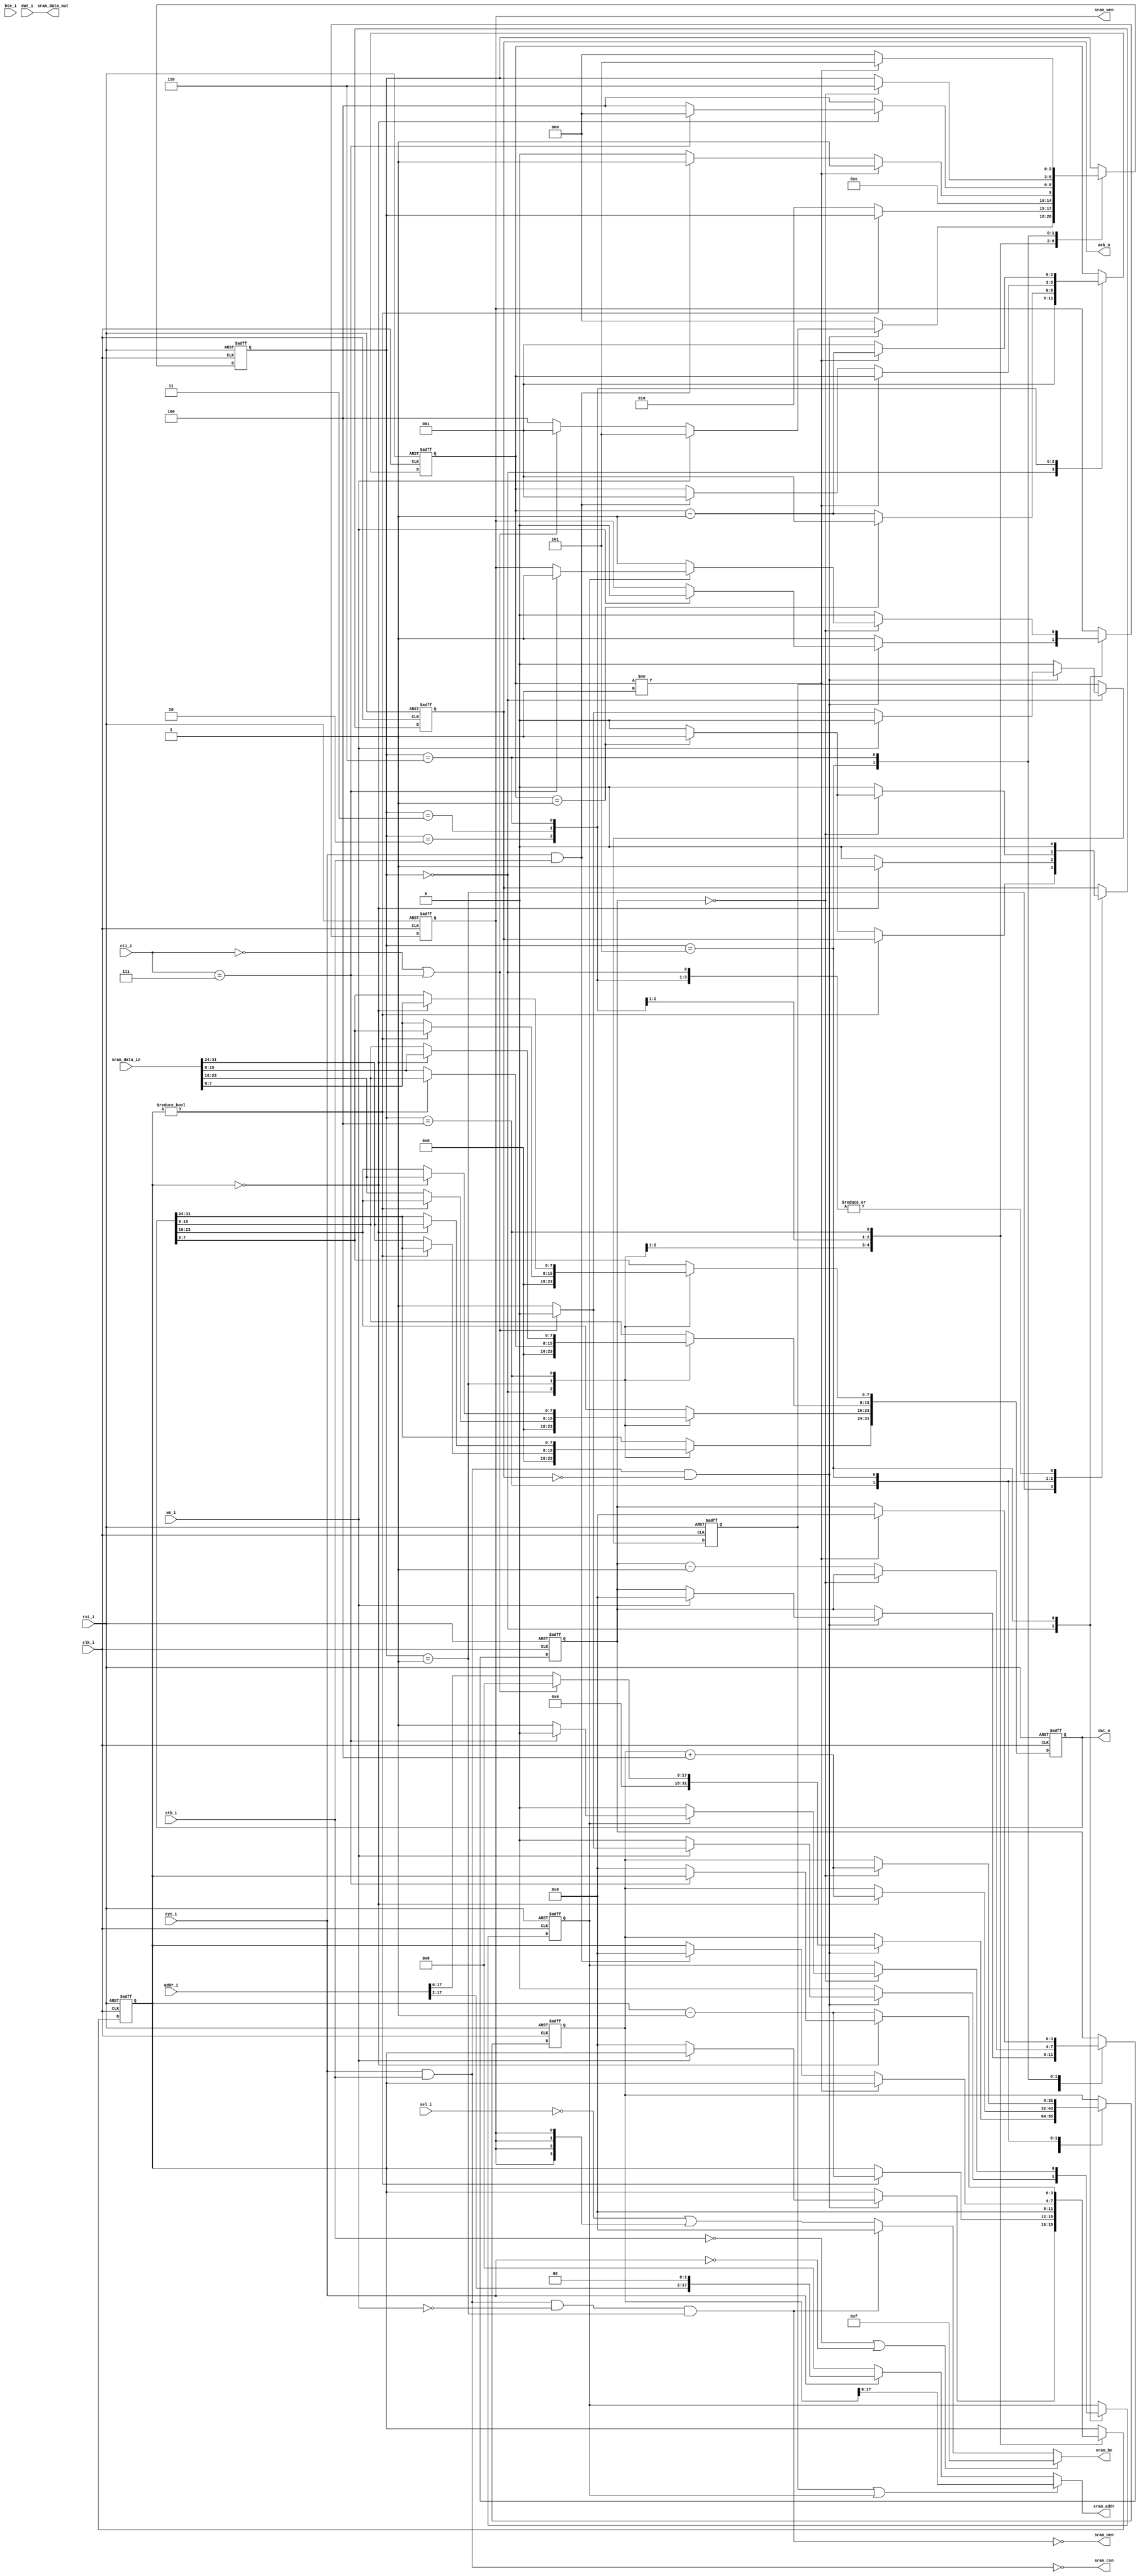
/* verilator lint_off UNUSED */
/* verilator lint_off CASEX */
/* verilator lint_off PINNOCONNECT */
/* verilator lint_off PINMISSING */
/* verilator lint_off IMPLICIT */
/* verilator lint_off WIDTH */
/* verilator lint_off CASEINCOMPLETE */



module asram_core #(parameter SRAM_DATA_WIDTH = 32,
                    parameter SRAM_ADDR_WIDTH = 18,
                    parameter READ_LATENCY = 1,
                    parameter WRITE_LATENCY = 1
                    )
  (// Clock and reset
   clk_i,
   rst_i,
   // Wishbone side interface
   cti_i,
   bte_i,
   addr_i,
   dat_i,
   sel_i,
   we_i,
   stb_i,
   cyc_i,
   ack_o,
   dat_o,
   // SRAM side interface
   sram_addr,
   sram_data_in,
   sram_data_out,
   sram_csn,
   sram_be,
   sram_wen,
   sram_oen);

   parameter                  SRAM_CYCLE     = 32/SRAM_DATA_WIDTH;
   parameter                  SRAM_BE_WIDTH  = SRAM_DATA_WIDTH/8;

   //////////////////////////////////////////////////////////////////////////////
                              //clock and reset inputs
   input                      clk_i;
   input                      rst_i;
   //Wishbone side interface
   input [2:0]                cti_i;
   input [1:0]                bte_i;
   input [31:0]               addr_i;
   input [31:0]               dat_i;
   input [3:0]                sel_i;
   input                      we_i;
   input                      stb_i;
   input                      cyc_i;
   output                     ack_o;
   output [31:0]              dat_o;
   //SRAM side interface
   output [SRAM_ADDR_WIDTH-1:0] sram_addr;
   output                       sram_csn;
   output [SRAM_BE_WIDTH-1:0]   sram_be;
   output                       sram_wen;
   output                       sram_oen;
   input [SRAM_DATA_WIDTH-1:0]  sram_data_in;
   output [SRAM_DATA_WIDTH-1:0] sram_data_out;

   ///////////////////////////////////////////////////////////////////////////
   // Internal registers and wires
              reg [31:0] dat_o;
   reg [2:0]             main_sm; 
   reg                   ack_o;
   reg                   sram_wen;
   reg [3:0]             read_latency_cnt;
   reg [3:0]             write_latency_cnt;
   reg [2:0]             cycle;
   wire                  sram_data_width_32 = (SRAM_DATA_WIDTH == 32 ? 1 : 0);
   wire                  sram_data_width_16 = (SRAM_DATA_WIDTH == 16 ? 1 : 0);
   wire                  sram_data_width_8  = (SRAM_DATA_WIDTH == 8  ? 1 : 0);
   wire [31:0]           sram_addr_cls;
   reg [31:0]            sram_addr_bst;
   reg                   we_bst,rd_bst ;

   wire 		 burst_enabled = 1;
   
 `define IDLE    3'b000
 `define READ1   3'b001
 `define READ2   3'b010
 `define READ3   3'b011
 `define RD_BST  3'b100
 `define WRITE1  3'b101
 `define WRITE2  3'b110
 `define WRITE3  3'b111

   // Main State Machine which controls the WishBone and SRAM interface
   always @ (posedge rst_i or posedge clk_i) begin
      if (rst_i) begin
         main_sm <=  `IDLE;
         read_latency_cnt  <=  READ_LATENCY;
         write_latency_cnt <=  WRITE_LATENCY;
         dat_o <=  0;
         cycle <= 0;
         sram_wen  <=  1'b1;
         ack_o     <=  1'b0;
         we_bst    <= 0;
         rd_bst    <= 0;
         sram_addr_bst <= 0;     
      end else begin
         case (main_sm)
           `IDLE: begin
              if (cyc_i && stb_i && ~ack_o)
                if (we_i) begin            
                   ack_o <= 1'b0;
                   sram_wen     <=  1'b0;
                   write_latency_cnt <=  WRITE_LATENCY - 1;
                   main_sm      <=  `WRITE1;
                   rd_bst       <= 0;              
                   // classic cycle or single cycle or data width < 32
                   if (cti_i == 3'b000 || cti_i == 3'b111 || !sram_data_width_32) begin
                      we_bst        <= 1'b0;                  
                      sram_addr_bst <= 0;                     
                   end else begin
                      sram_addr_bst <= addr_i[SRAM_ADDR_WIDTH-1:0];                   
                      we_bst        <= 1'b1;                  
                   end
                   // classic cycle or if data width < 32
                end else if (cti_i == 3'b000 || cti_i == 3'b111 || !sram_data_width_32) begin 
                   we_bst <= 1'b0;
                   rd_bst <= 0;
                   sram_addr_bst     <= 0;                 
                   read_latency_cnt  <=  READ_LATENCY - 1;
 `ifdef NO_READ_WAIT
                   main_sm <=  `READ2;
                   if (sram_data_width_32)
                     ack_o <=  1'b1;
                   else
                     ack_o <=  1'b0;
                   dat_o[SRAM_DATA_WIDTH - 1 : 0] <=  sram_data_in;
 `else
                   main_sm <=  `READ1;
                   ack_o <=  1'b0;
 `endif
                end else begin                  // burst read cycle
                   main_sm      <= `RD_BST;
                   ack_o        <= 1'b0;
                   we_bst       <= 1'b0;
                   rd_bst       <= 1'b1;
                   sram_addr_bst<= addr_i[SRAM_ADDR_WIDTH-1:0];            
                   read_latency_cnt  <=  READ_LATENCY - 1;
                end
              else begin
                 main_sm <=  `IDLE;
                 sram_wen <= 1'b1;
                 ack_o <=  1'b0; 
                 we_bst <= 1'b0;                      
		 rd_bst <= 1'b0;
              end
              cycle <= SRAM_CYCLE;
              dat_o <=  0;
           end
           `READ1: if (read_latency_cnt != 4'b0000)
             read_latency_cnt <=  read_latency_cnt - 1;
           else begin
              main_sm <=  `READ2;
              ack_o <= (cycle == 1) ? 1'b1 : 1'b0;
              if (sram_data_width_32)
                dat_o <= sram_data_in;
              if (sram_data_width_16) begin
                 if (cycle == 1) dat_o[31:16] <= sram_data_in;
                 else dat_o[15:0] <= sram_data_in;
              end
              if (sram_data_width_8) begin
                 if (cycle == 4) dat_o[7:0] <= sram_data_in;
                 else if (cycle == 3) dat_o[15:8] <= sram_data_in;
                 else if (cycle == 2) dat_o[23:16] <= sram_data_in;
                 else dat_o[31:24] <= sram_data_in;
              end
           end
           `READ2: begin
              ack_o <=  1'b0;
              main_sm <=  `READ3;
              read_latency_cnt <=  READ_LATENCY - 1;
              if (cycle == 1)
                cycle <= SRAM_CYCLE;
              else
                cycle <= cycle - 1; end
           `READ3: begin
              if (cycle != SRAM_CYCLE) begin
 `ifdef NO_READ_WAIT
                 if (sram_data_width_32)
                   dat_o <= sram_data_in;
                 if (sram_data_width_16) begin
                    if (cycle == 1) dat_o[31:16] <= sram_data_in;
                    else dat_o[15:0] <= sram_data_in;
                 end
                 if (sram_data_width_8) begin
                    if (cycle == 3) dat_o[15:8] <= sram_data_in;
                    else if (cycle == 2) dat_o[23:16] <= sram_data_in;
                    else if (cycle == 1) dat_o[31:24] <= sram_data_in;
                 end
                 ack_o <= (cycle == 1) ? 1'b1 : 1'b0;
                 main_sm <=  `READ2;
 `else
                 main_sm <=  `READ1;
                 ack_o <=  1'b0;
 `endif
              end
              else if (cyc_i & stb_i) begin
                 read_latency_cnt  <=  READ_LATENCY - 1;
 `ifdef NO_READ_WAIT
                 main_sm <=  `READ2;
                 if (SRAM_DATA_WIDTH == 32)
                   ack_o <=  1'b1;
                 else
                   ack_o <=  1'b0;
                 dat_o[SRAM_DATA_WIDTH - 1 : 0] <=  sram_data_in;
 `else
                 main_sm <=  `READ1;
                 ack_o <=  1'b0;
 `endif
                 cycle <= SRAM_CYCLE;
              end else begin
                 main_sm <=  `IDLE;
                 ack_o <=  1'b0; 
              end
           end
           `RD_BST: begin  
              if (read_latency_cnt == 0) begin           
                 dat_o         <= sram_data_in;
                 ack_o         <= 1'b1;
                 sram_addr_bst <= sram_addr_bst + 4; // always four because 32 bit array                 
                 if (cti_i == 3'b111) begin
                    main_sm <= `IDLE;
                 end else begin
                    read_latency_cnt <= READ_LATENCY - 1;
                    main_sm <= `RD_BST;             
                 end 
              end else begin
                 ack_o         <= 1'b0;
                 read_latency_cnt <= read_latency_cnt - 1;
                 main_sm       <= `RD_BST;               
              end 
           end
           `WRITE1: begin
              if (write_latency_cnt == 0) begin
                 if ((sram_data_width_16 ==1) && (cycle ==3'b010) && (sel_i[3:2]==2'b00))
					   begin
				            ack_o <=  1;
					    main_sm <= `IDLE;
				           end
					  else 
					   begin
                                            ack_o <=  (cycle == 1) ? 1'b1 : 1'b0;
                                            main_sm  <= `WRITE2;                  
					   end
                  sram_addr_bst <= sram_addr_bst + 4; // always four because 32 bit array                 
                 if (we_bst) begin
                    if (cti_i == 3'b111) begin
                       sram_wen <=  1'b1;
                       we_bst   <= 0;                  
                    end
                 end else begin
                    sram_wen <=  1'b1;
                 end 
              end else begin
                 ack_o    <=  1'b0;
                 sram_wen <=  1'b0;
                 write_latency_cnt <=  write_latency_cnt - 1; 
              end
           end
           `WRITE2: begin
              ack_o <=  1'b0;
              if (cycle != 1) begin
                 cycle <= cycle - 1;
                 main_sm <=  `WRITE1;
                 write_latency_cnt <=  WRITE_LATENCY - 1;
              end else begin
                 cycle <= SRAM_CYCLE;
                 main_sm <=  `IDLE;
              end
           end
         endcase
      end
   end

   assign  sram_addr_cls = (cyc_i && (SRAM_CYCLE == 1)) ? {addr_i[31:2],2'b00} :
                           (cyc_i && (SRAM_CYCLE == 2) && (cycle == 2)) ? {addr_i[31:2],2'b00} :
                           (cyc_i && (SRAM_CYCLE == 2) && (cycle == 1)) ? {addr_i[31:2],2'b10} :
                           (cyc_i && (SRAM_CYCLE == 4) && (cycle == 4)) ? {addr_i[31:2],2'b00} :
                           (cyc_i && (SRAM_CYCLE == 4) && (cycle == 3)) ? {addr_i[31:2],2'b01} :
                           (cyc_i && (SRAM_CYCLE == 4) && (cycle == 2)) ? {addr_i[31:2],2'b10} :
                           (cyc_i && (SRAM_CYCLE == 4) && (cycle == 1)) ? {addr_i[31:2],2'b11} :

                           0;
   assign  sram_addr = ((rd_bst | we_bst) ? sram_addr_bst : sram_addr_cls);

   assign  sram_oen  = ~(stb_i && cyc_i && ~we_i && (main_sm==`READ1) );
   assign  sram_csn  = ~(stb_i && cyc_i);
   assign  sram_be   = ((stb_i==0) || (cyc_i==0)) ? 4'b1111 :
           (sram_oen    == 0)                  ?  4'b0000 :
           ((SRAM_CYCLE == 1)                ) ? ~sel_i | {sram_wen,sram_wen,sram_wen,sram_wen} :
           ((SRAM_CYCLE == 2) && (cycle == 2)) ? ~sel_i[1:0] | {sram_wen,sram_wen} :
           ((SRAM_CYCLE == 2) && (cycle == 1)) ? ~sel_i[3:2] | {sram_wen,sram_wen} :
           ((SRAM_CYCLE == 4) && (cycle == 4)) ? ~sel_i[0] | sram_wen :
           ((SRAM_CYCLE == 4) && (cycle == 3)) ? ~sel_i[1] | sram_wen :
           ((SRAM_CYCLE == 4) && (cycle == 2)) ? ~sel_i[2] | sram_wen :
           ((SRAM_CYCLE == 4) && (cycle == 1)) ? ~sel_i[3] | sram_wen : {4'b111};

   assign  sram_data_out = (sram_data_width_32 ? dat_i :
                            (sram_data_width_16 ? ((cycle == 2) ? dat_i[15:0] : dat_i[31:16]) :
                             ((cycle == 4) ? dat_i[7:0] :
                              (cycle == 3) ? dat_i[15:8] :
                              (cycle == 2) ? dat_i[23:16] :
                              (cycle == 1) ? dat_i[31:24] : 0)));

endmodule